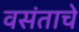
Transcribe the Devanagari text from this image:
वसंताचे